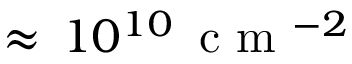
\approx \, 1 0 ^ { 1 0 } \, \mathrm { ~ c ~ m ~ } ^ { - 2 }